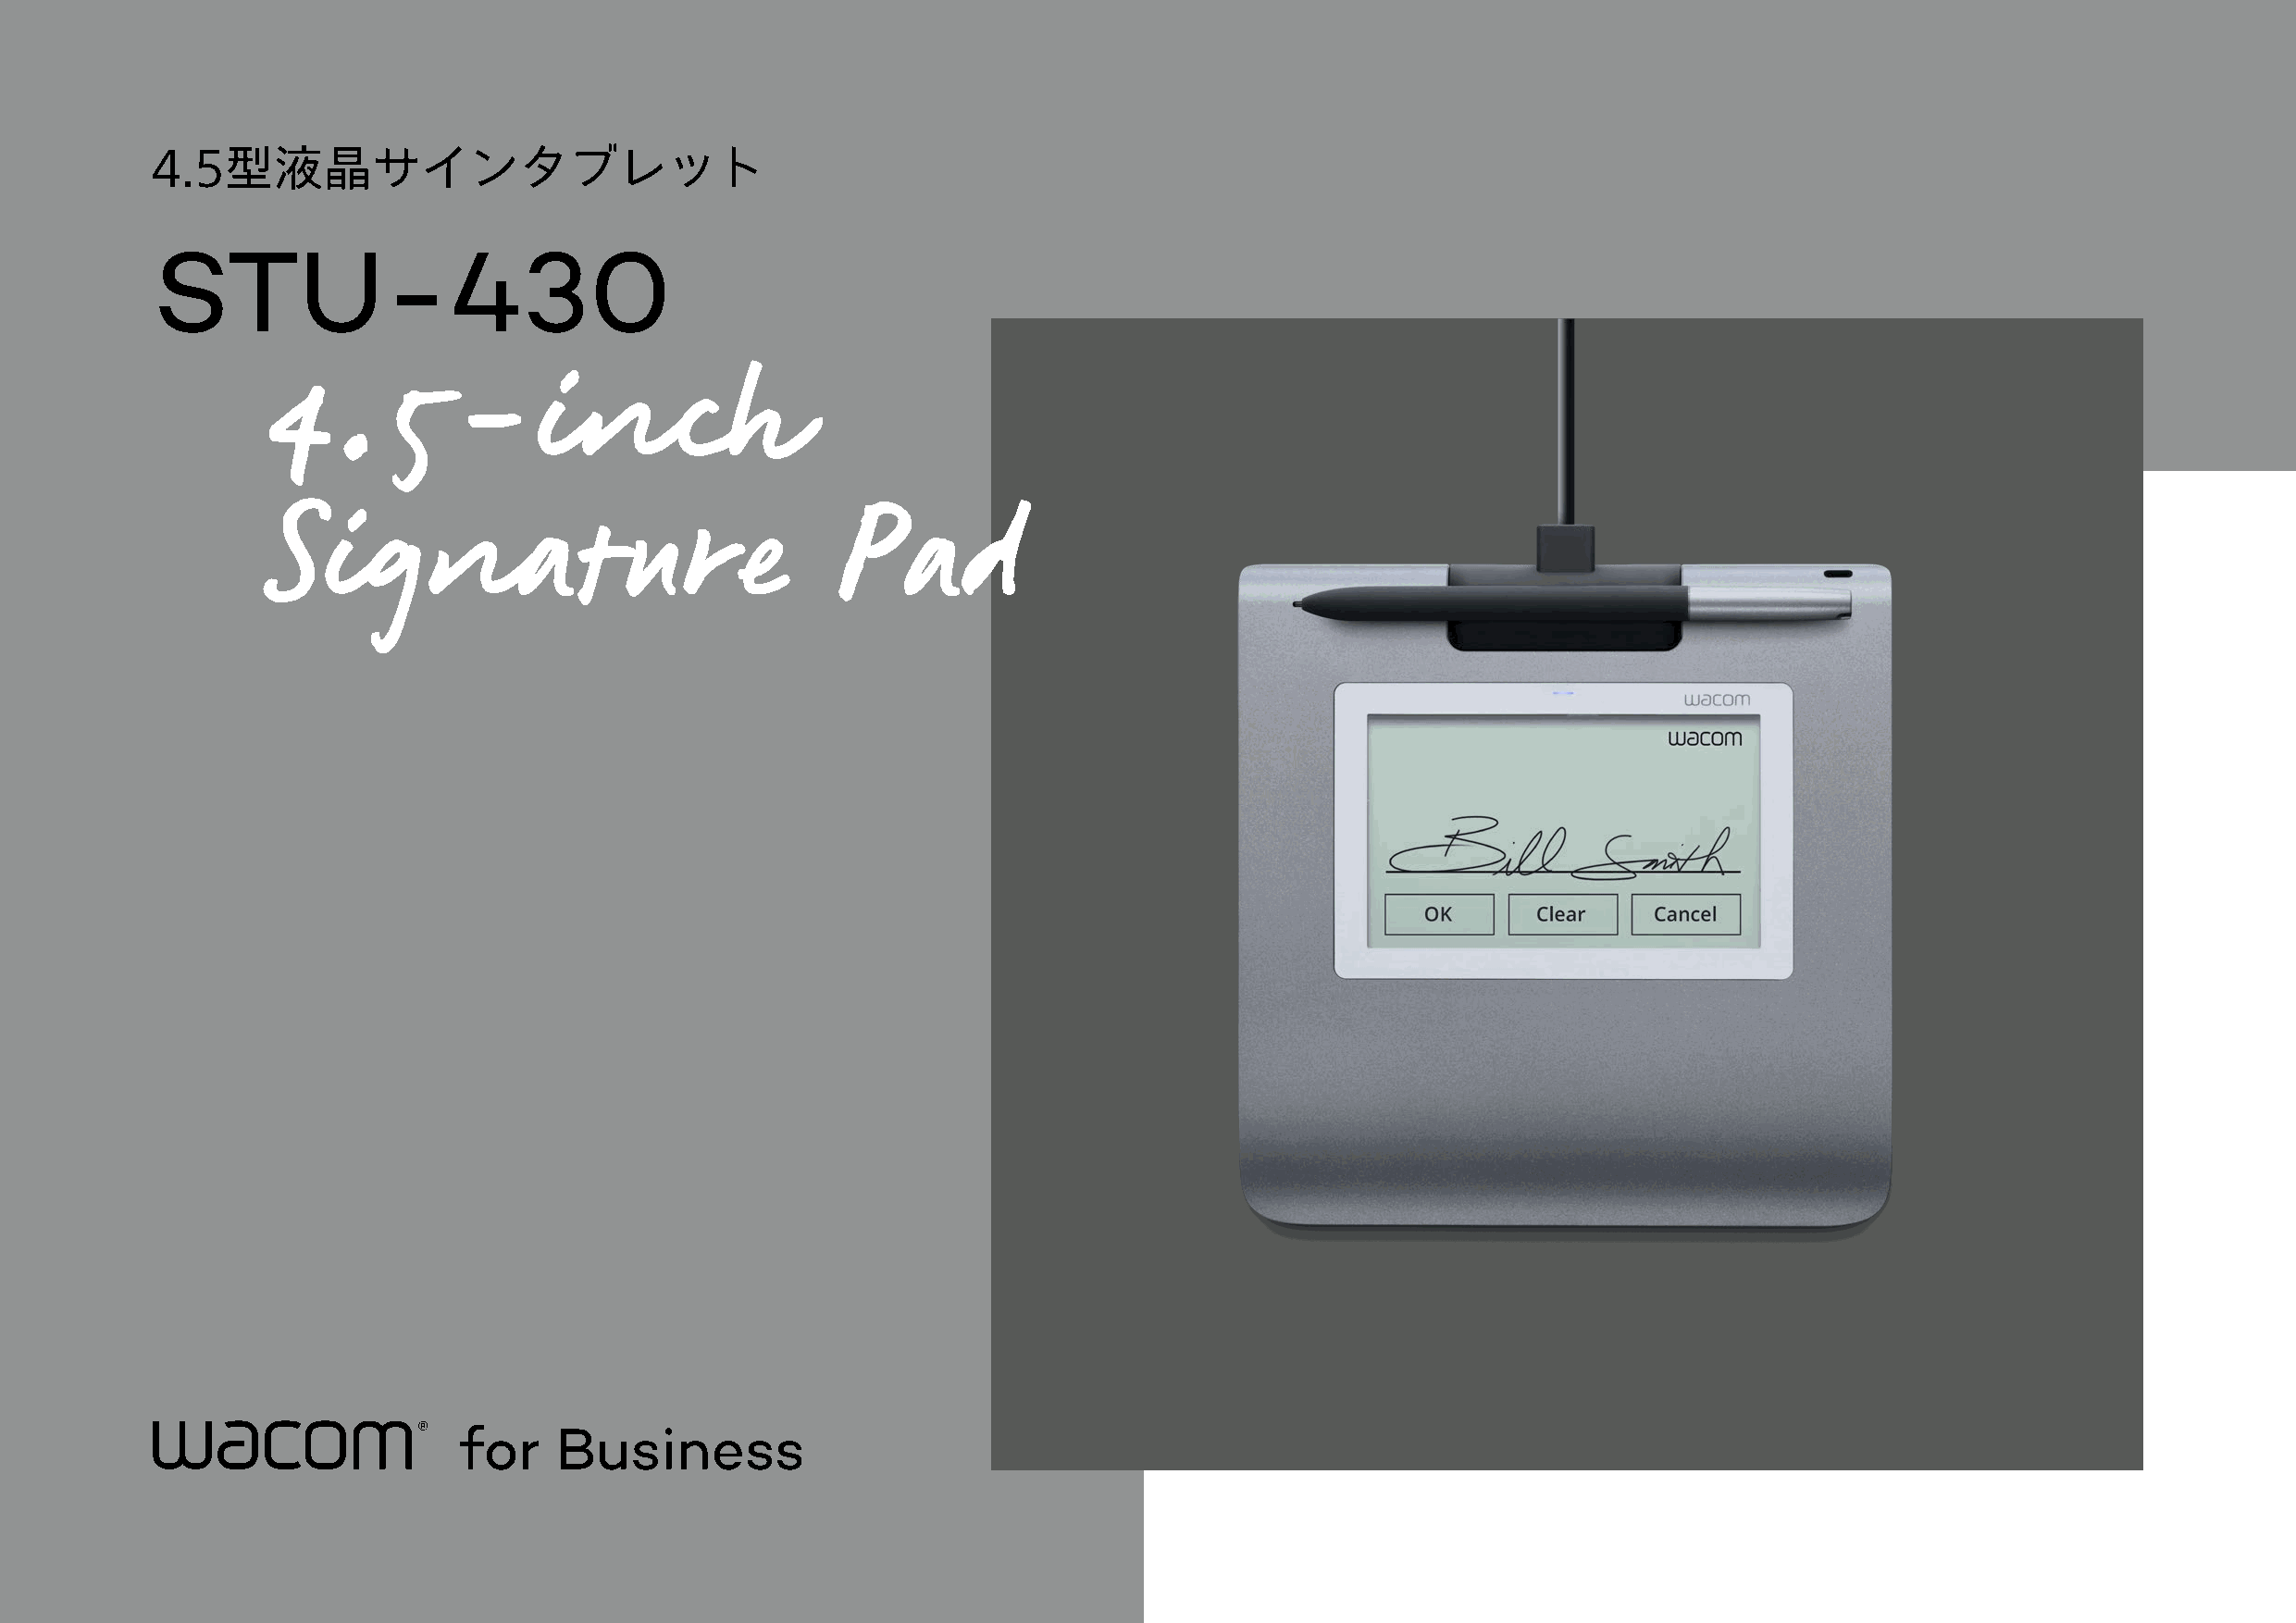
4.5型液晶サインタブレット
 STU-430
 4.5-inch
 Signature                                Pad